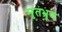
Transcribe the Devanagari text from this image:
मृतभ्रूण